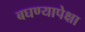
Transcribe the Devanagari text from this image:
बघण्यापेक्षा